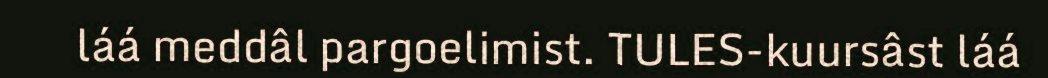
láá meddâl pargoelimist. TULES-kuursâst láá